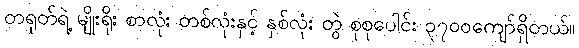
တရုတ်ရဲ့ မျိုးရိုး စာလုံး တစ်လုံးနှင့် နှစ်လုံး တွဲ စုစုပေါင်း ၃၇၀၀ကျော်ရှိတယ်။